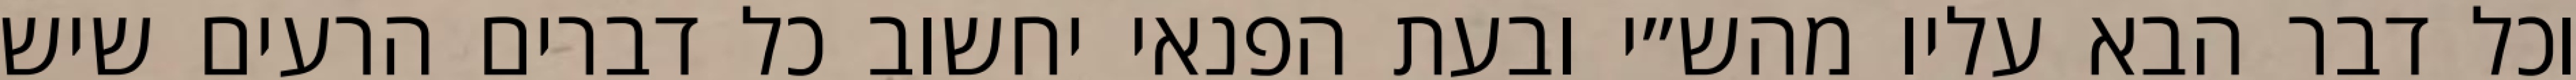
וכל דבר הבא עליו מהש״י ובעת הפנאי יחשוב כל דברים הרעים שיש